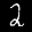
Label: 2